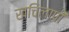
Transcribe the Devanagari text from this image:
खचिलापी